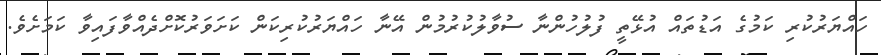
ހައްޔަރުކުރި ކަމުގެ އަޑުތައް އުޅޭތީ ފުލުހުންނާ ސުވާލުކުރުމުން އޭނާ ހައްޔަރުކުރިކަން ކަށަވަރުކޮށްދެއްވާފައިވާ ކަމަށެވެ.